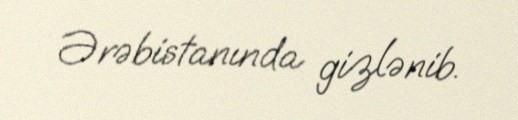
Ərəbistanında gizlənib.